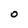
Character: O